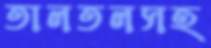
তালতলসহ